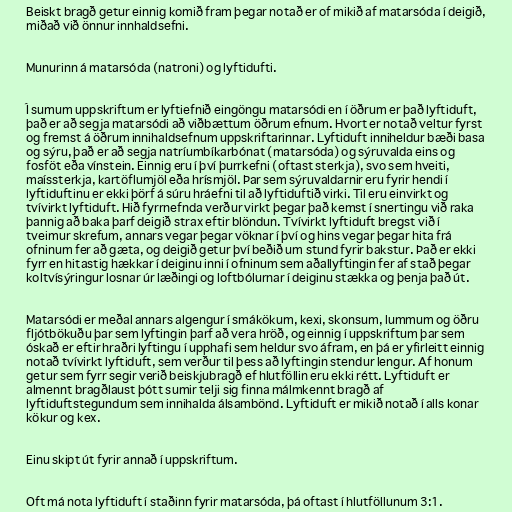
Beiskt bragð getur einnig komið fram þegar notað er of mikið af matarsóda í deigið,
miðað við önnur innhaldsefni.

Munurinn á matarsóda (natroni) og lyftidufti.

Í sumum uppskriftum er lyftiefnið eingöngu matarsódi en í öðrum er það lyftiduft,
það er að segja matarsódi að viðbættum öðrum efnum. Hvort er notað veltur fyrst
og fremst á öðrum innihaldsefnum uppskriftarinnar. Lyftiduft inniheldur bæði basa
og sýru, það er að segja natríumbíkarbónat (matarsóda) og sýruvalda eins og
fosföt eða vínstein. Einnig eru í því þurrkefni (oftast sterkja), svo sem hveiti,
maíssterkja, kartöflumjöl eða hrísmjöl. Þar sem sýruvaldarnir eru fyrir hendi í
lyftiduftinu er ekki þörf á súru hráefni til að lyftiduftið virki. Til eru einvirkt og
tvívirkt lyftiduft. Hið fyrrnefnda verður virkt þegar það kemst í snertingu við raka
þannig að baka þarf deigið strax eftir blöndun. Tvívirkt lyftiduft bregst við í
tveimur skrefum, annars vegar þegar vöknar í því og hins vegar þegar hita frá
ofninum fer að gæta, og deigið getur því beðið um stund fyrir bakstur. Það er ekki
fyrr en hitastig hækkar í deiginu inni í ofninum sem aðallyftingin fer af stað þegar
koltvísýringur losnar úr læðingi og loftbólurnar í deiginu stækka og þenja það út.

Matarsódi er meðal annars algengur í smákökum, kexi, skonsum, lummum og öðru
fljótbökuðu þar sem lyftingin þarf að vera hröð, og einnig í uppskriftum þar sem
óskað er eftir hraðri lyftingu í upphafi sem heldur svo áfram, en þá er yfirleitt einnig
notað tvívirkt lyftiduft, sem verður til þess að lyftingin stendur lengur. Af honum
getur sem fyrr segir verið beiskjubragð ef hlutföllin eru ekki rétt. Lyftiduft er
almennt bragðlaust þótt sumir telji sig finna málmkennt bragð af
lyftiduftstegundum sem innihalda álsambönd. Lyftiduft er mikið notað í alls konar
kökur og kex.

Einu skipt út fyrir annað í uppskriftum.

Oft má nota lyftiduft í staðinn fyrir matarsóda, þá oftast í hlutföllunum 3:1.